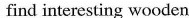
find interesting wooden